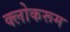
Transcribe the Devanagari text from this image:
क्लोकरूम